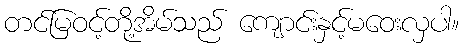
တင်မြဝင့်တို့အိမ်သည် ကျောင်းနှင့်မဝေးလှပါ။